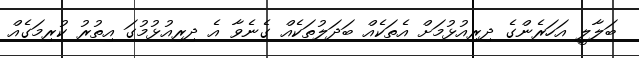
ބަލާލީ އަހަރެންގެ ދިރިއުޅުމަށް އެތަކެއް ބަދަލުތަކެއް ގެނެވާ އެ ދިރިއުޅުމުގަ އިތުރު ކުރިމަގެއް